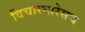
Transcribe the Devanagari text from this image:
विचारधारेसच